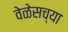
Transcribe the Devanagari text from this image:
वेळेसच्या